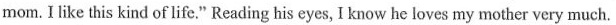
mom. I like this kind of life." Reading his eyes, I know he loves my mother very much.